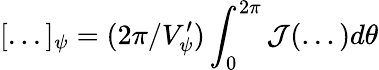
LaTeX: [...]_{\psi}=(2\pi/V_{\psi}^{\prime})\int_{0}^{2\pi}{\cal J}(...)d\theta